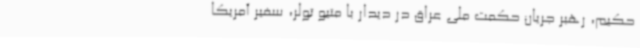
حکیم، رهبر جریان حکمت ملی عراق در دیدار با متیو تولر، سفیر آمریکا